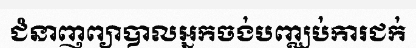
ជំនាញព្យាបាលអ្នកចង់បញ្ឈប់ការជក់